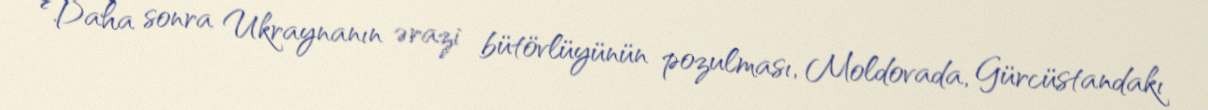
Daha sonra Ukraynanın ərazi bütövlüyünün pozulması, Moldovada, Gürcüstandakı